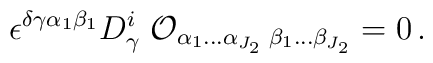
\epsilon^{\delta\gamma\alpha_1\beta_1} D^i_\gamma\;  {\cal O}_{\alpha_1\ldots\alpha_{J_2}\; \beta_1\ldots\beta_{J_2}} = 0\,.